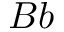
B b